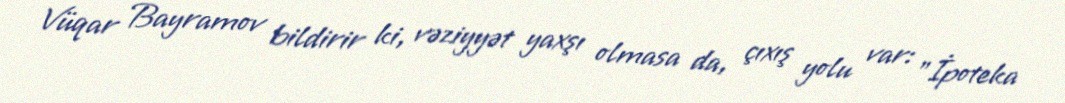
Vüqar Bayramov bildirir ki, vəziyyət yaxşı olmasa da, çıxış yolu var: "İpoteka